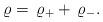
LaTeX: \begin{align*}\varrho =\,\varrho_+ +\,\varrho_- .\end{align*}